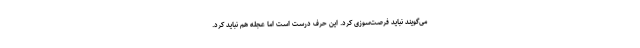
می‌گویند نباید فرصت‌سوزی کرد. این حرف درست است اما عجله هم نباید کرد.